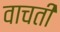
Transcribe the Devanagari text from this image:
वाचती